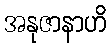
အနုဇာနာဟိ